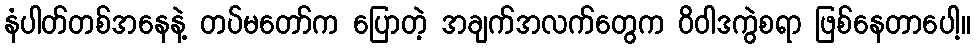
နံပါတ်တစ်အနေနဲ့ တပ်မတော်က ပြောတဲ့ အချက်အလက်တွေက ဝိဝါဒကွဲစရာ ဖြစ်နေတာပေါ့။